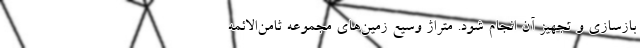
بازسازی و تجهیز آن انجام شود. متراژ وسیع زمین‌های مجموعه ثامن‌الائمه